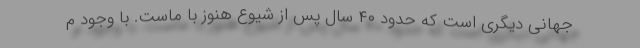
جهانی دیگری است که حدود ۴۰ سال پس از شیوع هنوز با ماست. با وجود م